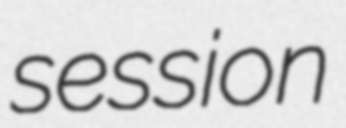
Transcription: session